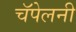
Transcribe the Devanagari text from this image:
चॅपेलनी